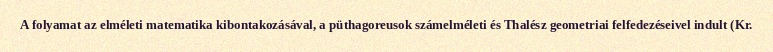
A folyamat az elméleti matematika kibontakozásával, a püthagoreusok számelméleti és Thalész geometriai felfedezéseivel indult (Kr.